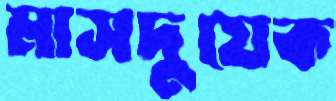
মাসদুয়েক